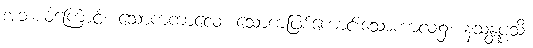
အဘယ်ကြောင့်။ သောကကာလေ၊ သောကဖြစ်ကောင်းသောကာလ၌။ နသန္တပ္ပသိ၊